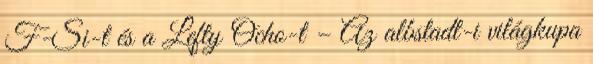
F-Si-t és a Lefty Ocho-t – Az albstadt-i világkupa